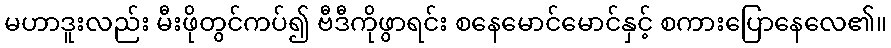
မဟာဒူးလည်း မီးဖိုတွင်ကပ်၍ ဗီဒီကိုဖွာရင်း စနေမောင်မောင်နှင့် စကားပြောနေလေ၏။